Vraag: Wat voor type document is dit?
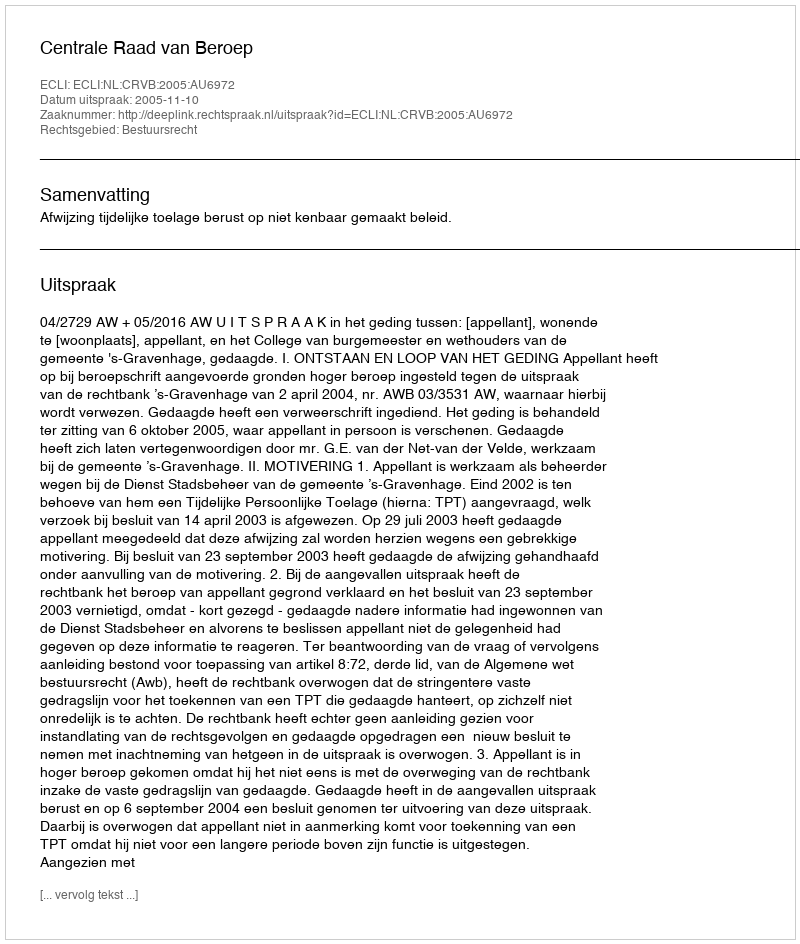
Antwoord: Uitspraak